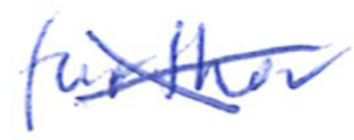
Text: further
Cross-out: cross
Writing tool: ballpoint